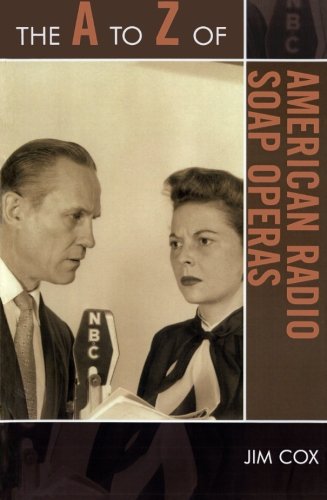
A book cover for The A to Z of American Radio Soap Operas (The A to Z Guide Series); Jim Cox; Humor & Entertainment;